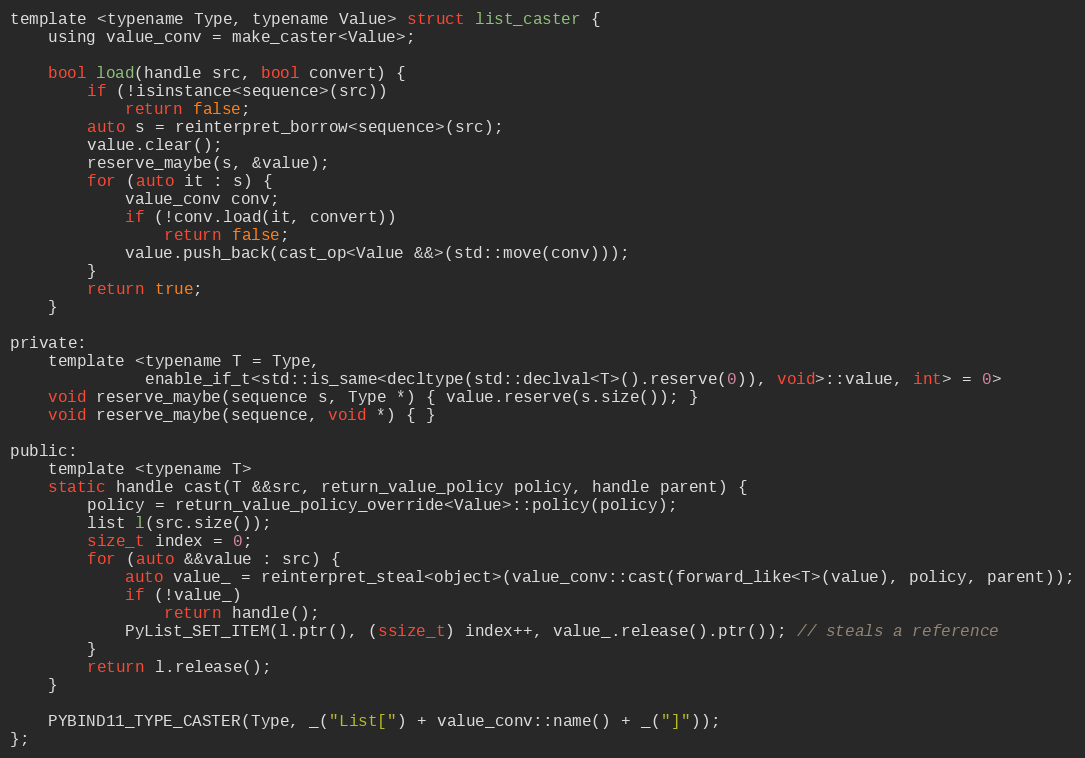
Language: C
template <typename Type, typename Value> struct list_caster {
    using value_conv = make_caster<Value>;

    bool load(handle src, bool convert) {
        if (!isinstance<sequence>(src))
            return false;
        auto s = reinterpret_borrow<sequence>(src);
        value.clear();
        reserve_maybe(s, &value);
        for (auto it : s) {
            value_conv conv;
            if (!conv.load(it, convert))
                return false;
            value.push_back(cast_op<Value &&>(std::move(conv)));
        }
        return true;
    }

private:
    template <typename T = Type,
              enable_if_t<std::is_same<decltype(std::declval<T>().reserve(0)), void>::value, int> = 0>
    void reserve_maybe(sequence s, Type *) { value.reserve(s.size()); }
    void reserve_maybe(sequence, void *) { }

public:
    template <typename T>
    static handle cast(T &&src, return_value_policy policy, handle parent) {
        policy = return_value_policy_override<Value>::policy(policy);
        list l(src.size());
        size_t index = 0;
        for (auto &&value : src) {
            auto value_ = reinterpret_steal<object>(value_conv::cast(forward_like<T>(value), policy, parent));
            if (!value_)
                return handle();
            PyList_SET_ITEM(l.ptr(), (ssize_t) index++, value_.release().ptr()); // steals a reference
        }
        return l.release();
    }

    PYBIND11_TYPE_CASTER(Type, _("List[") + value_conv::name() + _("]"));
};